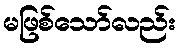
မဖြစ်သော်လည်း